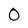
Character: 0